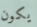
يكون